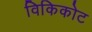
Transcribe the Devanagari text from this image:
विकिकोट